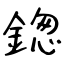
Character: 鍯